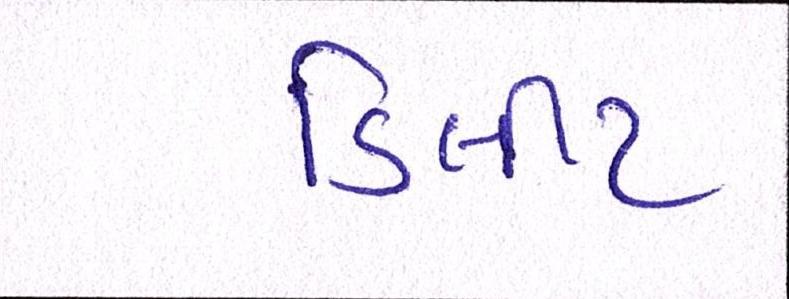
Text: ડિલીટ